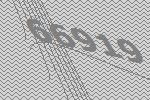
66919